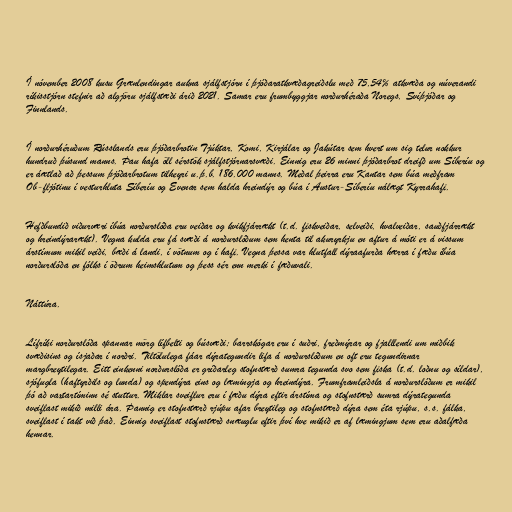
Í nóvember 2008 kusu Grænlendingar aukna sjálfstjórn í þjóðaratkvæðagreiðslu með 75,54% atkvæða og núverandi
ríkisstjórn stefnir að algjöru sjálfstæði árið 2021. Samar eru frumbyggjar norðurhéraða Noregs, Svíþjóðar og
Finnlands.

Í norðurhéruðum Rússlands eru þjóðarbrotin Tjúktar, Komi, Kirjálar og Jakútar sem hvert um sig telur nokkur
hundruð þúsund manns. Þau hafa öll sérstök sjálfstjórnarsvæði. Einnig eru 26 minni þjóðarbrot dreifð um Síberíu og
er áætlað að þessum þjóðarbrotum tilheyri u.þ.b. 186.000 manns. Meðal þeirra eru Kantar sem búa meðfram
Ob-fljótinu í vesturhluta Síberíu og Evenar sem halda hreindýr og búa í Austur-Síberíu nálægt Kyrrahafi.

Hefðbundið viðurværi íbúa norðurslóða eru veiðar og kvikfjárrækt (t.d. fiskveiðar, selveiði, hvalveiðar, sauðfjárrækt
og hreindýrarækt). Vegna kulda eru fá svæði á norðurslóðum sem henta til akuryrkju en aftur á móti er á vissum
árstímum mikil veiði, bæði á landi, í vötnum og í hafi. Vegna þessa var hlutfall dýraafurða hærra í fæðu íbúa
norðurslóða en fólks í öðrum heimshlutum og þess sér enn merki í fæðuvali.

Náttúra.

Lífríki norðurslóða spannar mörg lífbelti og búsvæði; barrskógar eru í suðri, freðmýrar og fjalllendi um miðbik
svæðisins og ísjaðar í norðri. Tiltölulega fáar dýrategundir lifa á norðurslóðum en oft eru tegundirnar
margbreytilegar. Eitt einkenni norðurslóða er gríðarleg stofnstærð sumra tegunda svo sem fiska (t.d. loðnu og síldar),
sjófugla (haftyrðils og lunda) og spendýra eins og læmingja og hreindýra. Frumframleiðsla á norðurslóðum er mikil
þó að vaxtartíminn sé stuttur. Miklar sveiflur eru í fæðu dýra eftir árstíma og stofnstærð sumra dýrategunda
sveiflast mikið milli ára. Þannig er stofnstærð rjúpu afar breytileg og stofnstærð dýra sem éta rjúpu, s.s. fálka,
sveiflast í takt við það. Einnig sveiflast stofnstærð snæuglu eftir því hve mikið er af læmingjum sem eru aðalfæða
hennar.